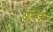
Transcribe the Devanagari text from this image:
आमेज़ोन